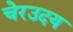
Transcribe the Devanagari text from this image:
चेरउदय